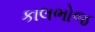
કાલભોજ